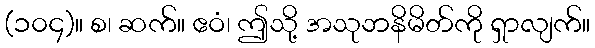
(၁၀၄)။ စ၊ ဆက်။ ဧဝံ၊ ဤသို့ အသုဘနိမိတ်ကို ရှာလျက်။